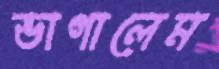
ভাগালেম